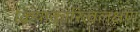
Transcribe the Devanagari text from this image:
क्रियाकारित्वलक्षणं